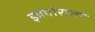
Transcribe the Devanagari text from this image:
इन्नयोरातो